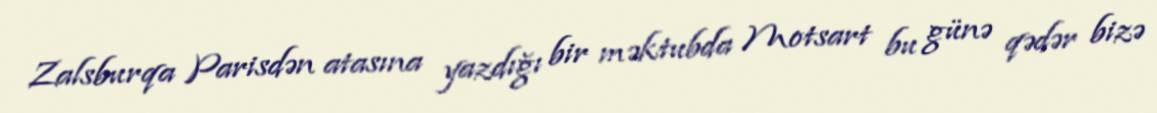
Zalsburqa Parisdən atasına yazdığı bir məktubda Motsart bu günə qədər bizə